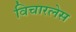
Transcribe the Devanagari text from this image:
विचारलेस